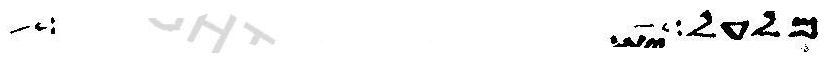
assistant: מלעל ואל